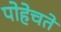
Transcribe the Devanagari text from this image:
पोहेचते